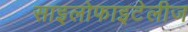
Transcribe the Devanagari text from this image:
साइलोफाइटेलीज